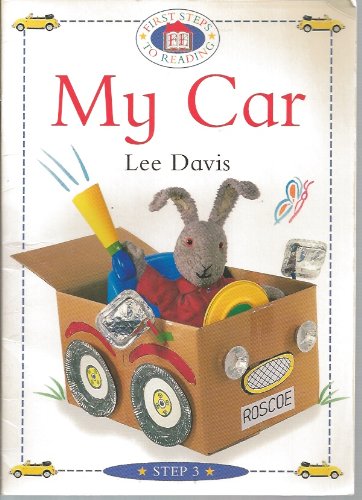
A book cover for My Car; Lee Davis; Engineering & Transportation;